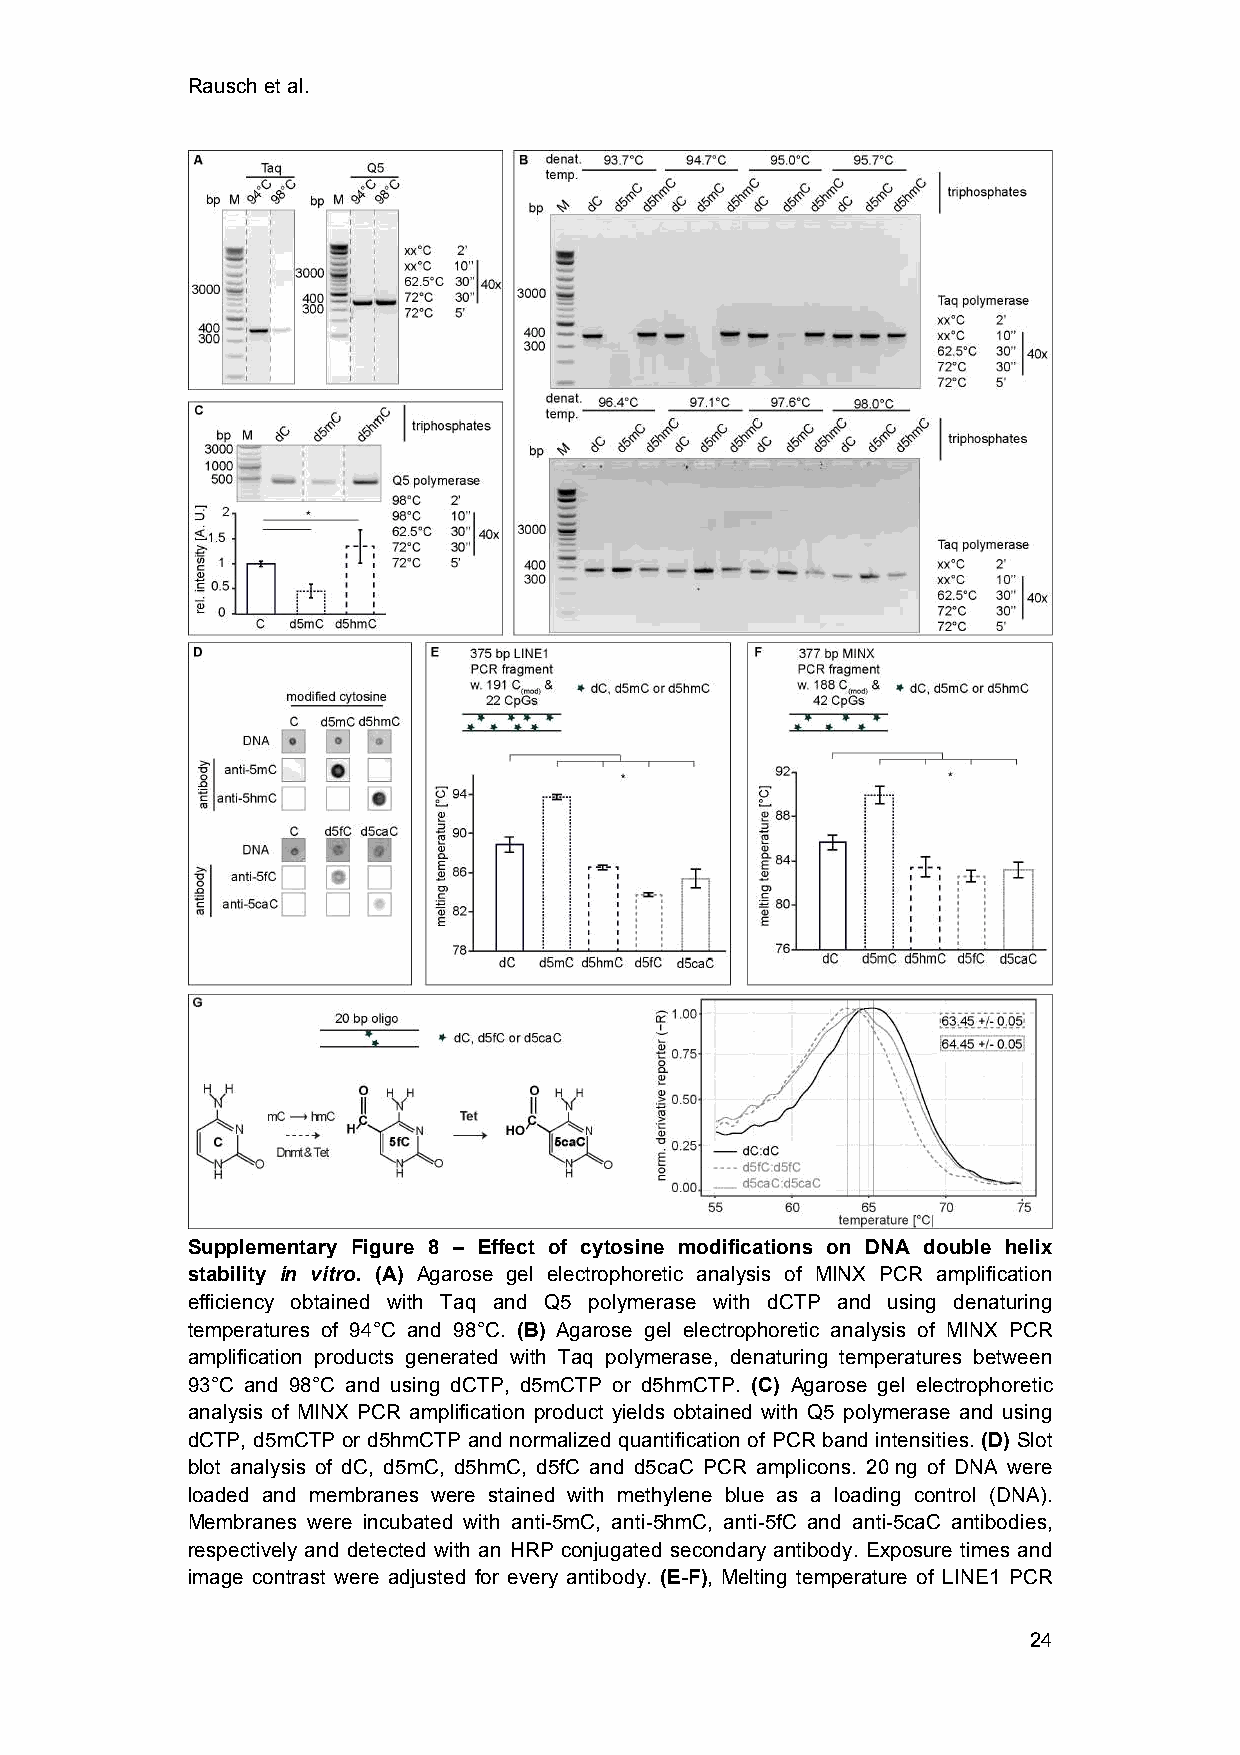
Rausch et al.
 Supplementary Figure 8 – Effect of cytosine modifications on DNA double helix
 stability in vitro. (A) Agarose gel electrophoretic analysis of MINX PCR amplification
 efficiency obtained with Taq and Q5 polymerase with dCTP and using denaturing
 temperatures of 94°C and 98°C. (B) Agarose gel electrophoretic analysis of MINX PCR
 amplification products generated with Taq polymerase, denaturing temperatures between
 93°C and 98°C and using dCTP, d5mCTP or d5hmCTP. (C) Agarose gel electrophoretic
 analysis of MINX PCR amplification product yields obtained with Q5 polymerase and using
 dCTP, d5mCTP or d5hmCTP and normalized quantification of PCR band intensities. (D) Slot
 blot analysis of dC, d5mC, d5hmC, d5fC and d5caC PCR amplicons. 20 ng of DNA were
 loaded and membranes were stained with methylene blue as a loading control (DNA).
 Membranes were incubated with anti-5mC, anti-5hmC, anti-5fC and anti-5caC antibodies,
 respectively and detected with an HRP conjugated secondary antibody. Exposure times and
 image contrast were adjusted for every antibody. (E-F), Melting temperature of LINE1 PCR
 24